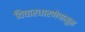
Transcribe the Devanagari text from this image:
विचारधारणेपासून